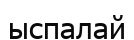
ыспалай